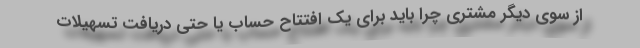
از سوی دیگر مشتری چرا باید برای یک افتتاح حساب یا حتی دریافت تسهیلات